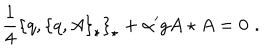
LaTeX: \frac { 1 } { 4 } \left\{ q , \left\{ q , A \right\} _ { \star } \right\} _ { \star } + { \alpha ^ { \prime } } g A \star A = 0 \, \, .